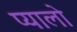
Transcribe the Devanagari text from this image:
प्यालो